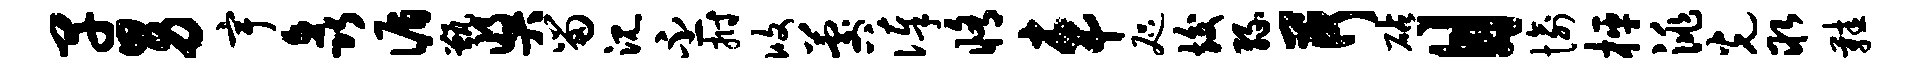
早男宇矗循甑奖留沉丕拊攸晷俸修车咫竣缘荷砧目愉枰洮光取鞋